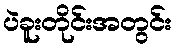
ပဲခူးတိုင်းအတွင်း